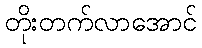
တိုးတက်လာအောင်